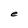
Character: e